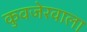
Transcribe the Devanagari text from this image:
कुवजेरवाला